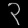
Digit: ၃